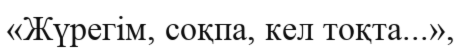
«Жүрегім, соқпа, кел тоқта...»,